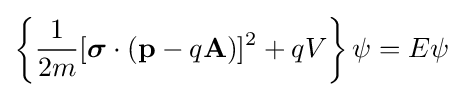
\left\{{\frac {1}{2m}}[{\boldsymbol {\sigma }}\cdot (\mathbf {p} -q\mathbf {A} )]^{2}+qV\right\}\psi =E\psi